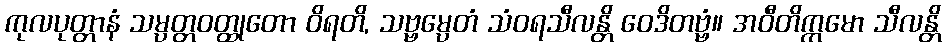
ကုလပုတ္တာနံ သမ္ပတ္တဝတ္ထုတော ဝိရတိ, သဗ္ဗမ္ပေတံ သံဝရသီလန္တိ ဝေဒိတဗ္ဗံ။ အဝီတိက္ကမော သီလန္တိ